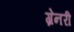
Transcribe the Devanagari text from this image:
ग्रेनरी